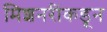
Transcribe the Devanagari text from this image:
मिशनरींकडून